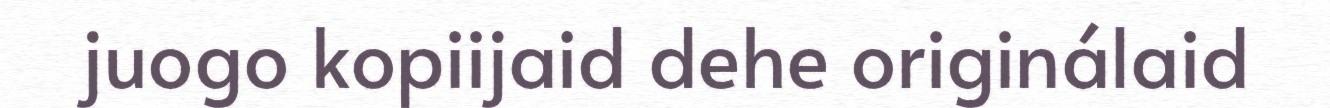
juogo kopiijaid dehe originálaid